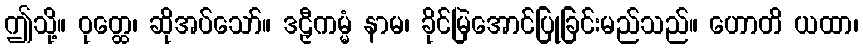
ဤသို့။ ဝုတ္ထေ၊ ဆိုအပ်သော်။ ဒဠှီကမ္မံ နာမ၊ ခိုင်မြဲအောင်ပြုခြင်းမည်သည်။ ဟောတိ ယထာ၊